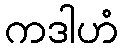
ကဒါဟံ